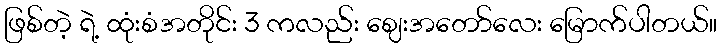
ဖြစ်တဲ့ ရဲ့ ထုံးစံအတိုင်း 3 ကလည်း ဈေးအတော်လေး မြောက်ပါတယ်။